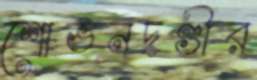
শোভনদণ্ডীর